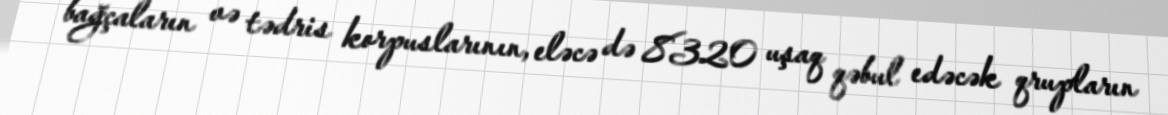
bağçaların və tədris korpuslarının, eləcə də 8320 uşaq qəbul edəcək qrupların